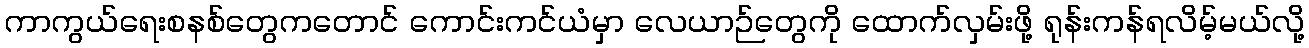
ကာကွယ်ရေးစနစ်တွေကတောင် ကောင်းကင်ယံမှာ လေယာဉ်တွေကို ထောက်လှမ်းဖို့ ရုန်းကန်ရလိမ့်မယ်လို့